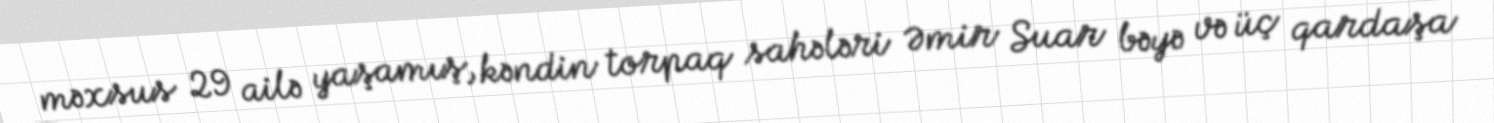
məxsus 29 ailə yaşamış, kəndin torpaq sahələri Əmir Suar bəyə və üç qardaşa